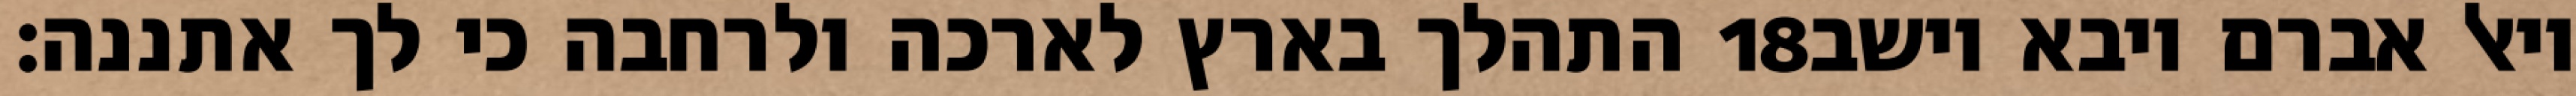
התהלך בארץ לארכה ולרחבה כי לך אתננה׃ ‎18‏ ויאל אברם ויבא וישב